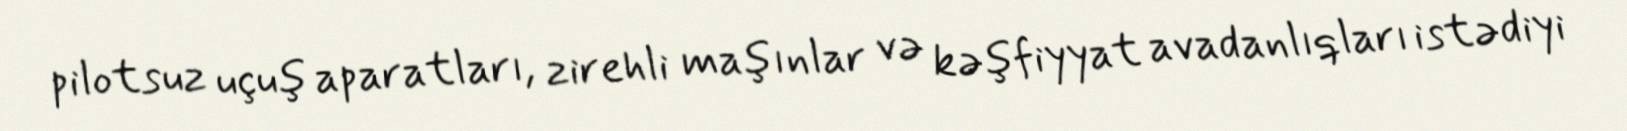
pilotsuz uçuş aparatları, zirehli maşınlar və kəşfiyyat avadanlıqları istədiyi